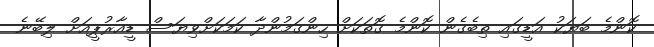
ކޮންމެ ބަޔަކު އަޑީގައި ތިބެގެން ކޮންމެ ގޮތަކަށް ހިންގަމުންދާ ކަމަކަށްވިޔަސް ޑީއާރުޕީއަށް ލިބޭނެ